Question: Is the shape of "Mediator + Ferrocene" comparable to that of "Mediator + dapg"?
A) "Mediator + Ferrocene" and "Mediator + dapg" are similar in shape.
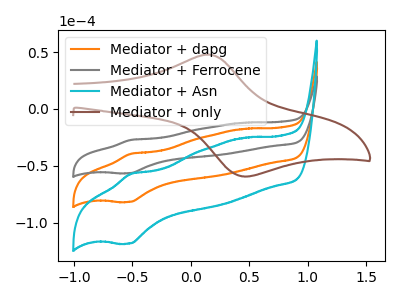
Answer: <think>The orange curve "Mediator + dapg" has an anodic peak at (-0.50V, -39.45uA) and a cathodic peak at (-0.50V, -81.75uA). The gray curve "Mediator + Ferrocene" has an anodic peak at (-0.50V, -27.25uA) and a cathodic peak at (-0.50V, -56.45uA). The cyan curve "Mediator + Asn" has an anodic peak at (-0.50V, -78.90uA) and a cathodic peak at (-0.50V, -163.50uA). The brown curve "Mediator + only" has an anodic peak at (0.15V, 47.90uA) and a cathodic peak at (0.45V, -59.25uA).
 All the peaks in "Mediator + Ferrocene" have a peak in "Mediator + dapg" at the same potential.</think>
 <answer>A) "Mediator + Ferrocene" and "Mediator + dapg" are similar in shape.</answer>
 <eval>A</eval>